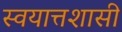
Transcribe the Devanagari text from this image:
स्वयात्तशासी